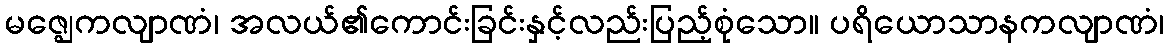
မဇ္ဈေကလျာဏံ၊ အလယ်၏ကောင်းခြင်းနှင့်လည်းပြည့်စုံသော။ ပရိယောသာနကလျာဏံ၊